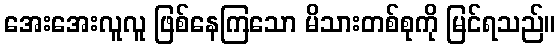
အေးအေးလူလူ ဖြစ်နေကြသော မိသားတစ်စုကို မြင်ရသည်။